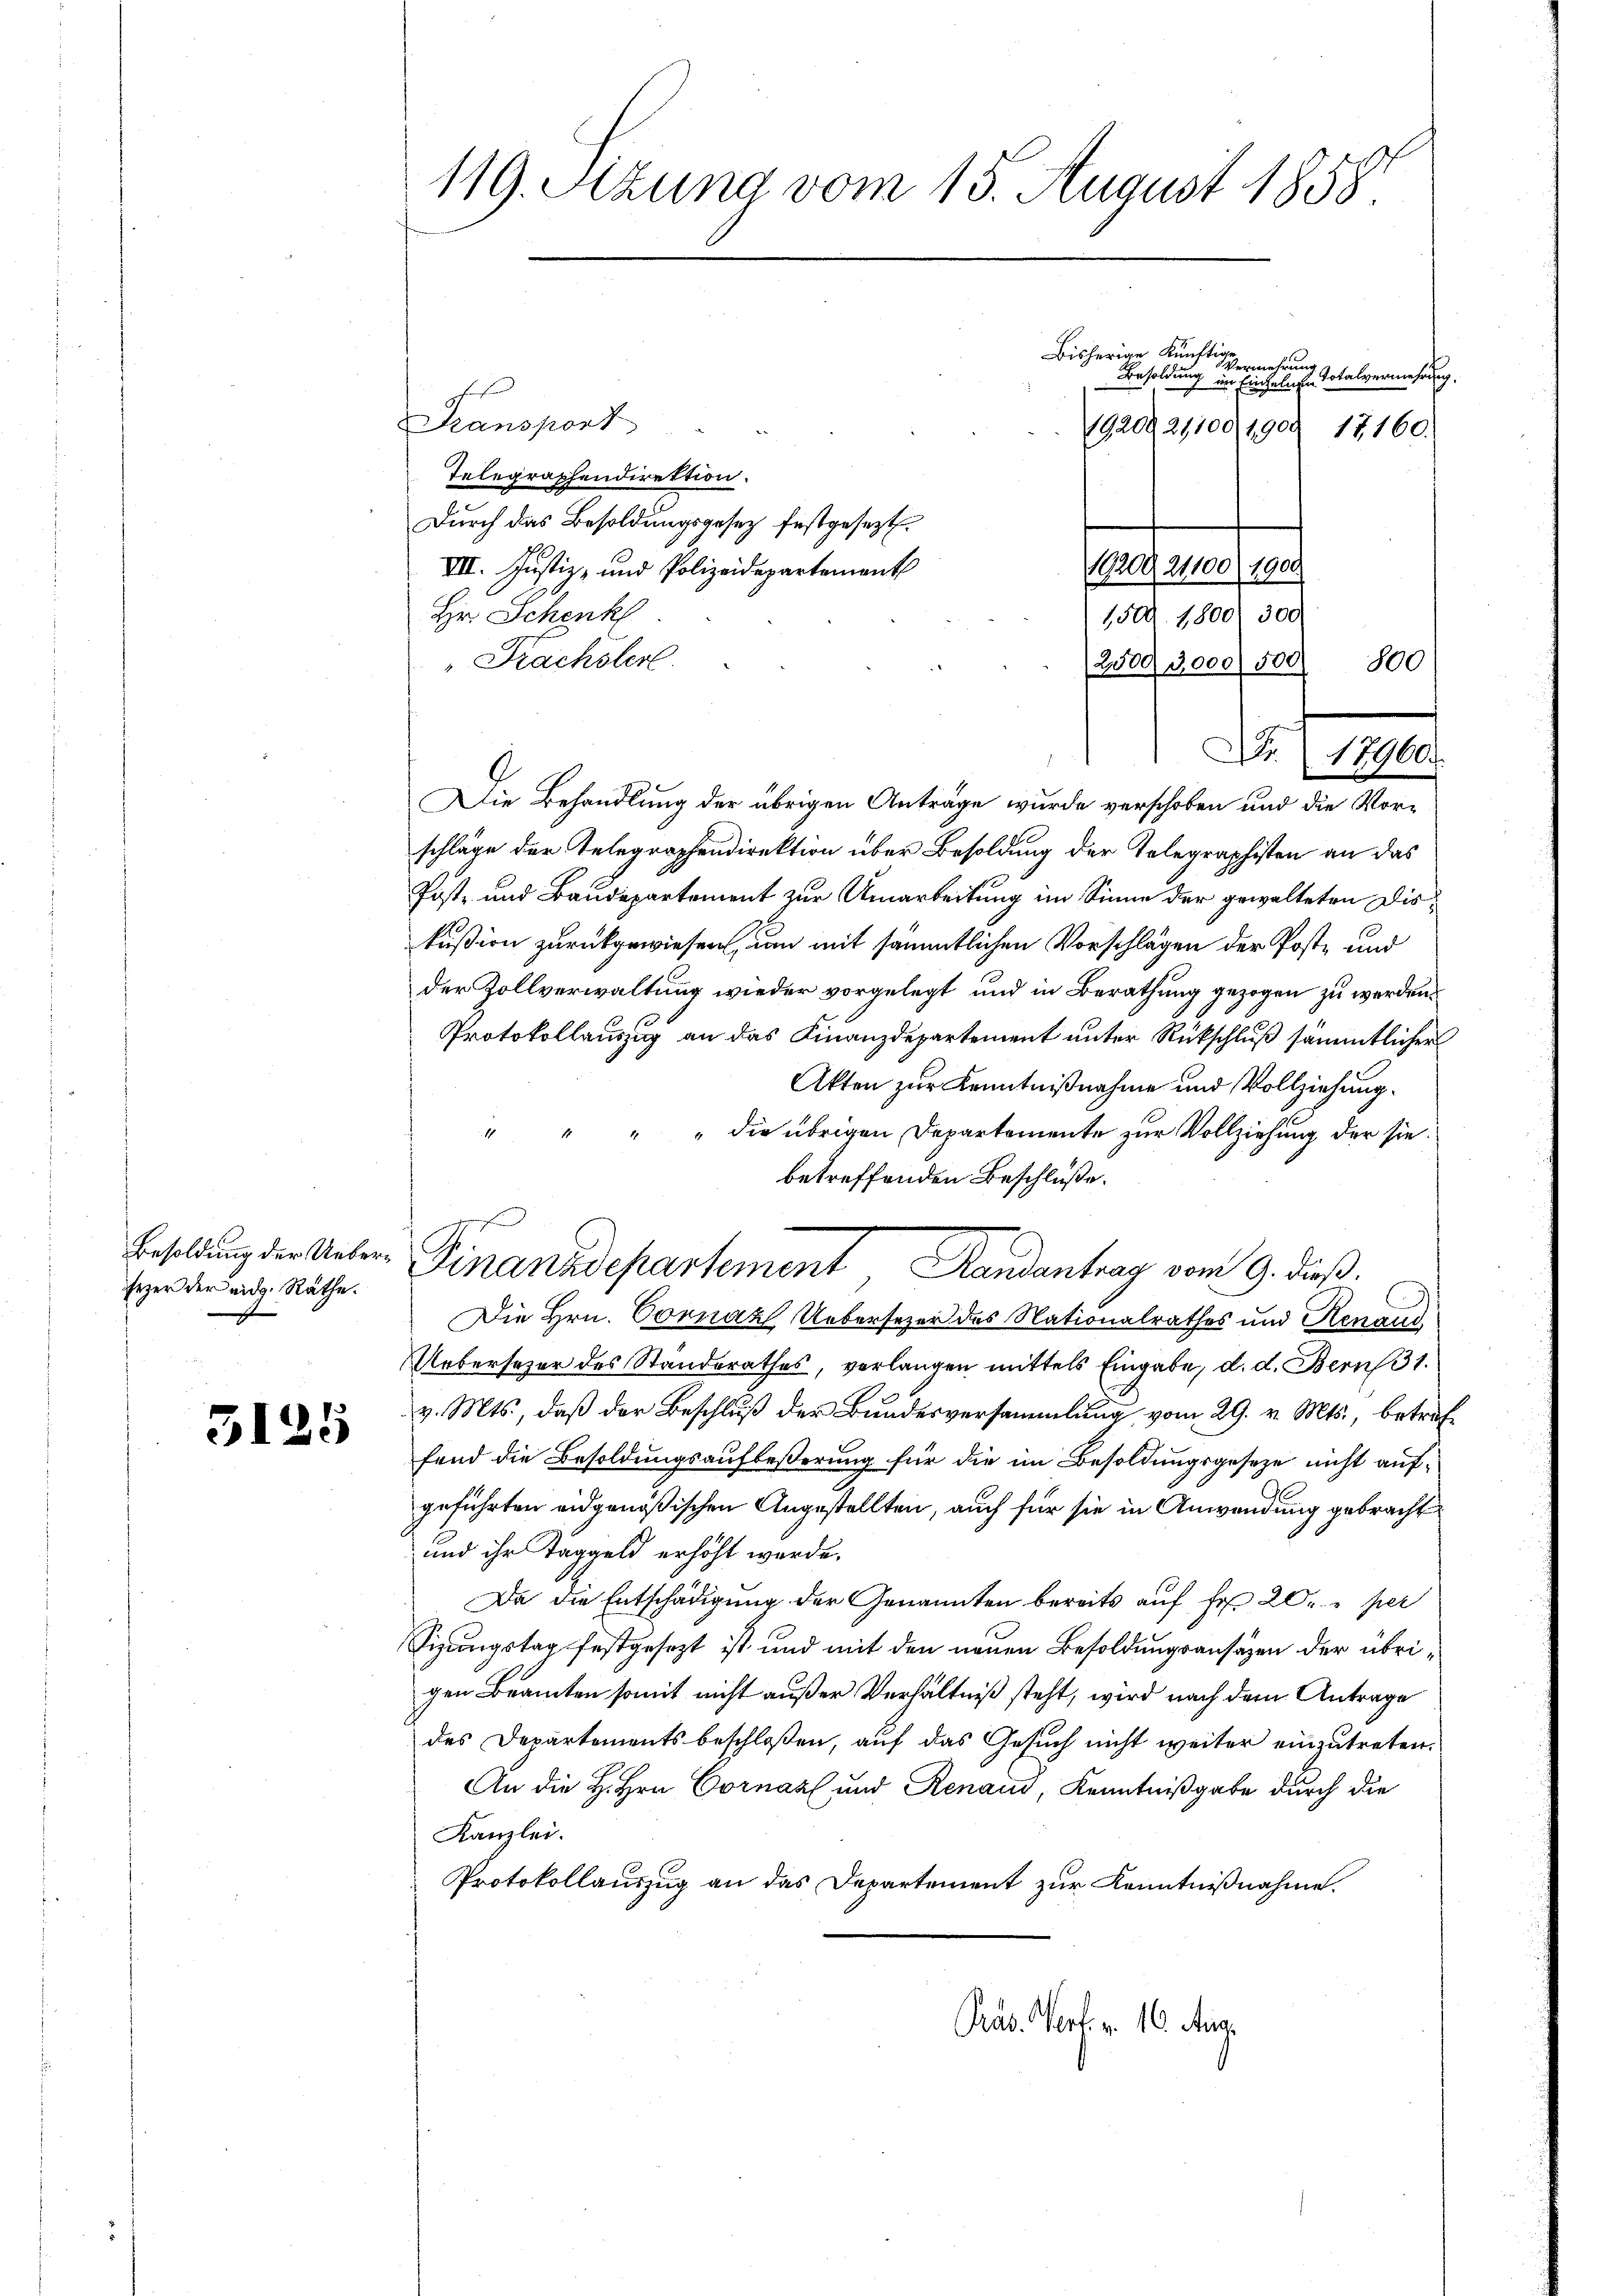
sezer der eidg. Räthe.

3125

119. Sitzung vom 15. August 1858.

Transport
1920 21100/1909 17160.
Telegraphendirektion.
Durch das Besoldungsgesez festgesezt.
Pedelnden
VIII. Justiz- und Polizeidepartement
Hr. Schenk
1500. 1800. 300
Prachsler
2,5003,000) 500
Die Behandlung der übrigen Anträge wurde verschoben und die Vorschläge der Telegraphendirektion über Besoldung der Telegraphisten an das
Post- und Baudepartement zur Umarbeitung im Sinne der gewalteten Diskußion zurückgewiesen, um mit sämmtlichen Vorschlägen der Poste und
der Zollverwaltung wieder vorgelegt und in Berathung gezogen zu werden.
Protokollauszug an das Finanzdepartement unter Rückschluß sämmtlicher
Akten zur Kenntnißnahme und Vollziehung.
" die übrigen Departemente zur Vollziehung der sie.
betreffenden Beschlüße.
Besoldung der Ueber Finanzdepartement, Randantrag vom 9. dieß.
Die Hrn. Vornaz Uebersezer des Nationalrathes und Renaud
Ueberseher des Standerathes, verlangen mittels Eingabe, d. d. Bern 31.
v. Mts., daß der Beschluß der Bundesversammlung vom 29. v. Mts., beträffend die Besoldungsaufbeßerung für die im Besoldungsgesetze nicht aufgeführten eidgenößischen Angestellten, auch für sie in Anwendung gebracht
und ihr Taggeld erhöht wurde.
Da die Entschädigung der Genannten bereits auf Fr. 20 per
Sizungstag festgesezt ist und mit den neuen Besoldungsansäzen der übrigen Beamten somit nicht außer Verhältniß steht, wird nach dem Antrage
des Departementsbeschloßen, auf das Gesuch nicht weiter einzutreten.
An die H. Hrn. Cornaz und Renaud, Kenntnißgabe durch die
Kanzlei.
Protokollauszug an das Departement zur Kenntnißnahme.
Präs. Wert. v. 16. Aug.

Bisherige künftige.
Vermehrung
Besoldung im Einhelichen Totalvermessung.

800

Nr. 10.